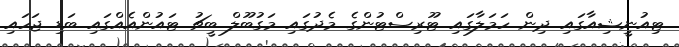
ޓިއުނީޝިއާގައި ދިން ހަމަލާގައި ޓޫރިސްޓުންގެ މެދުގައި މަގުބޫލް ބީޗު ޓައުންއެއްގައި ބަޑި ޖަހައި